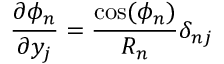
\frac { \partial \phi _ { n } } { \partial y _ { j } } = \frac { \cos ( \phi _ { n } ) } { R _ { n } } \delta _ { n j }